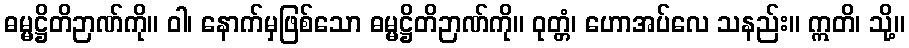
ဓမ္မဋ္ဌိတိဉာဏ်ကို။ ဝါ၊ နောက်မှဖြစ်သော ဓမ္မဋ္ဌိတိဉာဏ်ကို။ ဝုတ္တံ၊ ဟောအပ်လေ သနည်း။ ဣတိ၊ သို့။